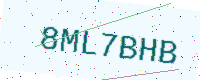
Text: 8ML7BHB